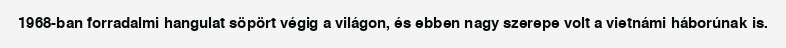
1968-ban forradalmi hangulat söpört végig a világon, és ebben nagy szerepe volt a vietnámi háborúnak is.